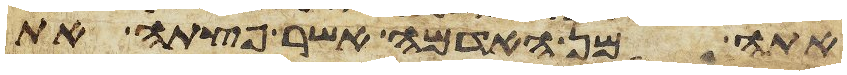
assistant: אתה מן האדמה אשר פצתה את